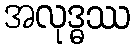
အလုဒ္ဓဿ